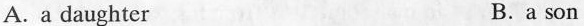
A. a daughter B.a son